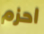
احزم